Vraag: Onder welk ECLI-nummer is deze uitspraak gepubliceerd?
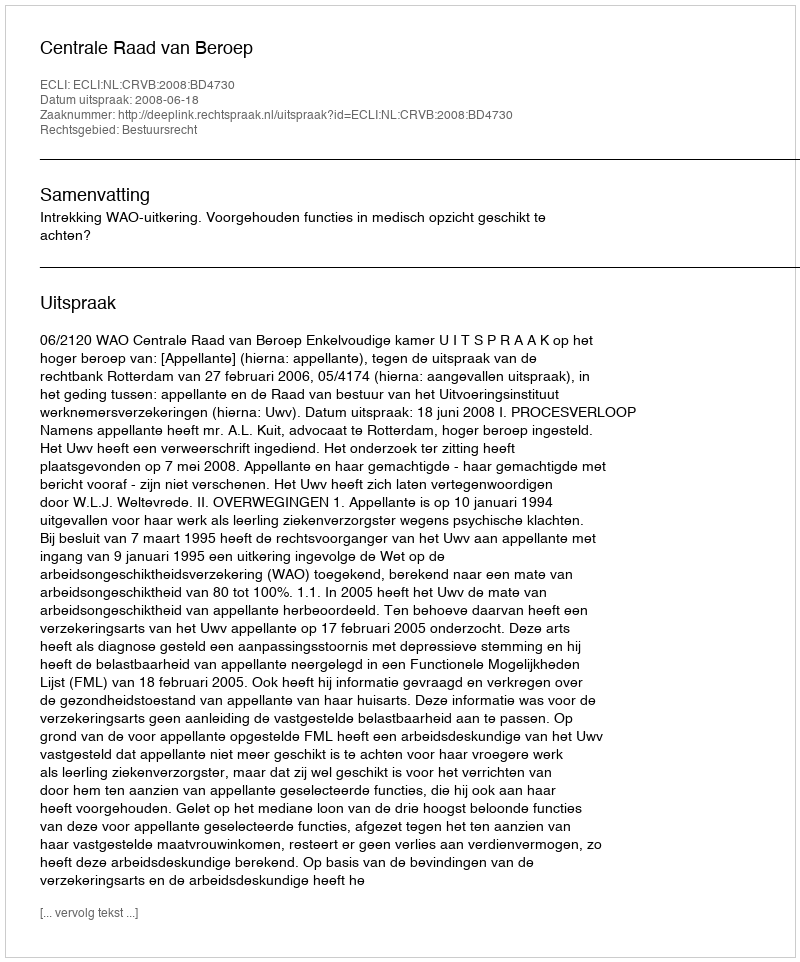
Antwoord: ECLI:NL:CRVB:2008:BD4730